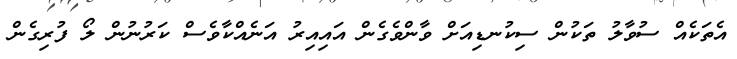
އެތަކެއް ސުވާލު ތަކުން ސިކުނޑިއަށް ވާންވެގެން އައިއިރު އަނެއްކާވެސް ކަރުނުން ލޯ ފުރިގެން